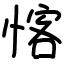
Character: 愘